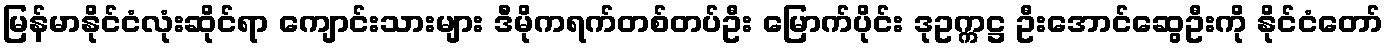
မြန်မာနိုင်ငံလုံးဆိုင်ရာ ကျောင်းသားများ ဒီမိုကရက်တစ်တပ်ဦး မြောက်ပိုင်း ဒုဥက္ကဋ္ဌ ဦးအောင်ဆွေဦးကို နိုင်ငံတော်